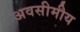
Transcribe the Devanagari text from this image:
अवसीमीय